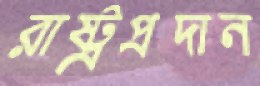
রাষ্ট্রপ্রদান